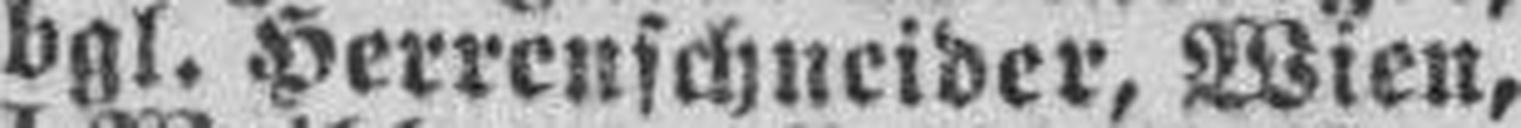
vgl. Herrenschneider, Wien,